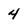
Character: 4